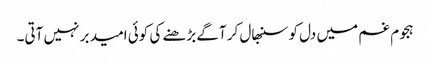
ہجوم غم میں دل کو سنبھال کر آگے بڑھنے کی کوئی امید بر نہیں آتی۔